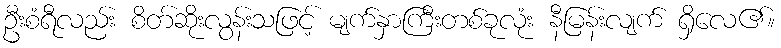
ဦးစံရီလည်း စိတ်ဆိုးလွန်းသဖြင့် မျက်နှာကြီးတစ်ခုလုံး နီမြန်းလျက် ရှိလေ၏။